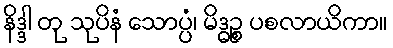
နိဒ္ဒါ တု သုပိနံ သောပ္ပံ၊ မိဒ္ဓဉ္စ ပစလာယိကာ။